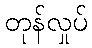
တုန်လှုပ်